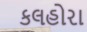
કલહોરા